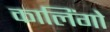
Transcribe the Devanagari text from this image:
कालिंगो